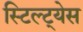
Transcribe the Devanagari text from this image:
स्टिल्ट्येस